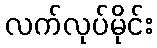
လက်လုပ်မိုင်း